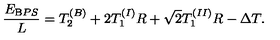
\frac { E _ { { \mathrm B P S } } } { L } = T _ { 2 } ^ { ( B ) } + 2 T _ { 1 } ^ { ( I ) } R + \sqrt { 2 } T _ { 1 } ^ { ( I I ) } R - \Delta T .